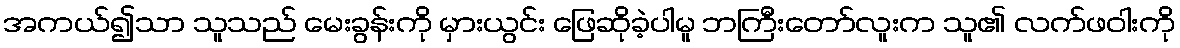
အကယ်၍သာ သူသည် မေးခွန်းကို မှားယွင်း ဖြေဆိုခဲ့ပါမူ ဘကြီးတော်လူးက သူ၏ လက်ဖဝါးကို